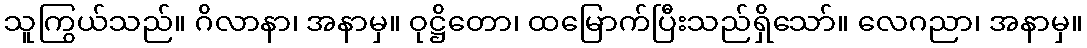
သူကြွယ်သည်။ ဂိလာနာ၊ အနာမှ။ ဝုဋ္ဌိတော၊ ထမြောက်ပြီးသည်ရှိသော်။ လေဂညာ၊ အနာမှ။